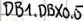
Text: DB1.DBX0.0